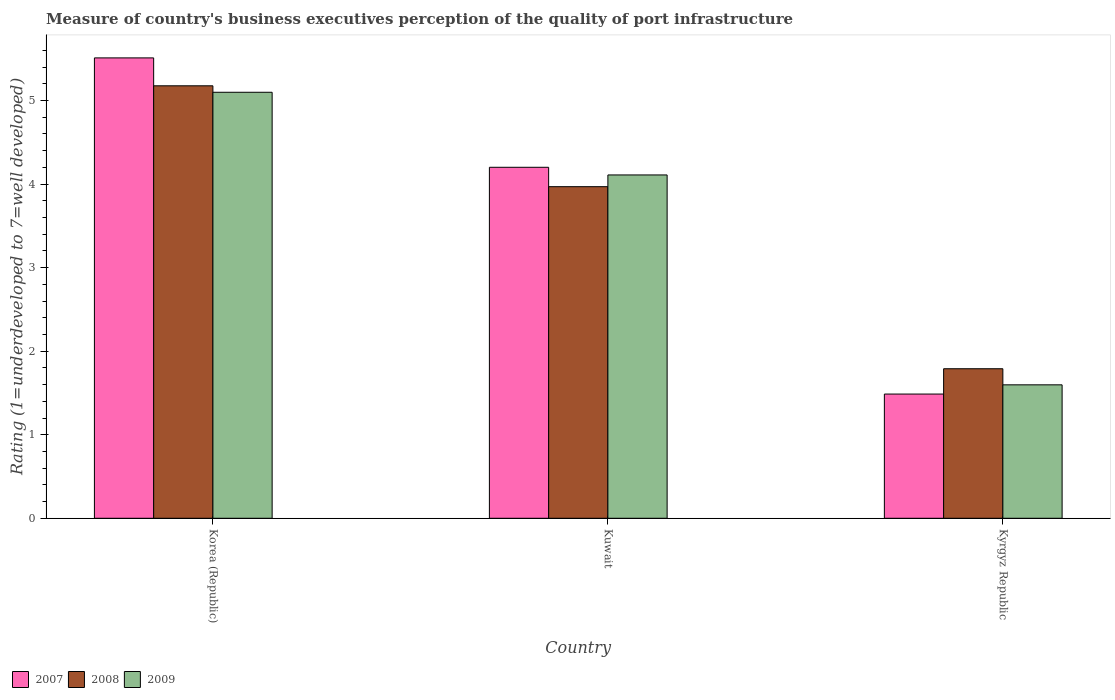
| Country | 2007 | 2008 | 2009 |
 | --- | --- | --- | --- |
 | Korea (Republic) | 5.51 | 5.18 | 5.1 |
 | Kuwait | 4.2 | 3.97 | 4.11 |
 | Kyrgyz Republic | 1.49 | 1.79 | 1.6 |